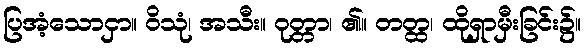
ပြအံ့သောငှာ။ ဝိသုံ၊ အသီး။ ဝုတ္တာ၊ ၏။ တတ္ထ၊ ထိုရှာမှီးခြင်း၌။